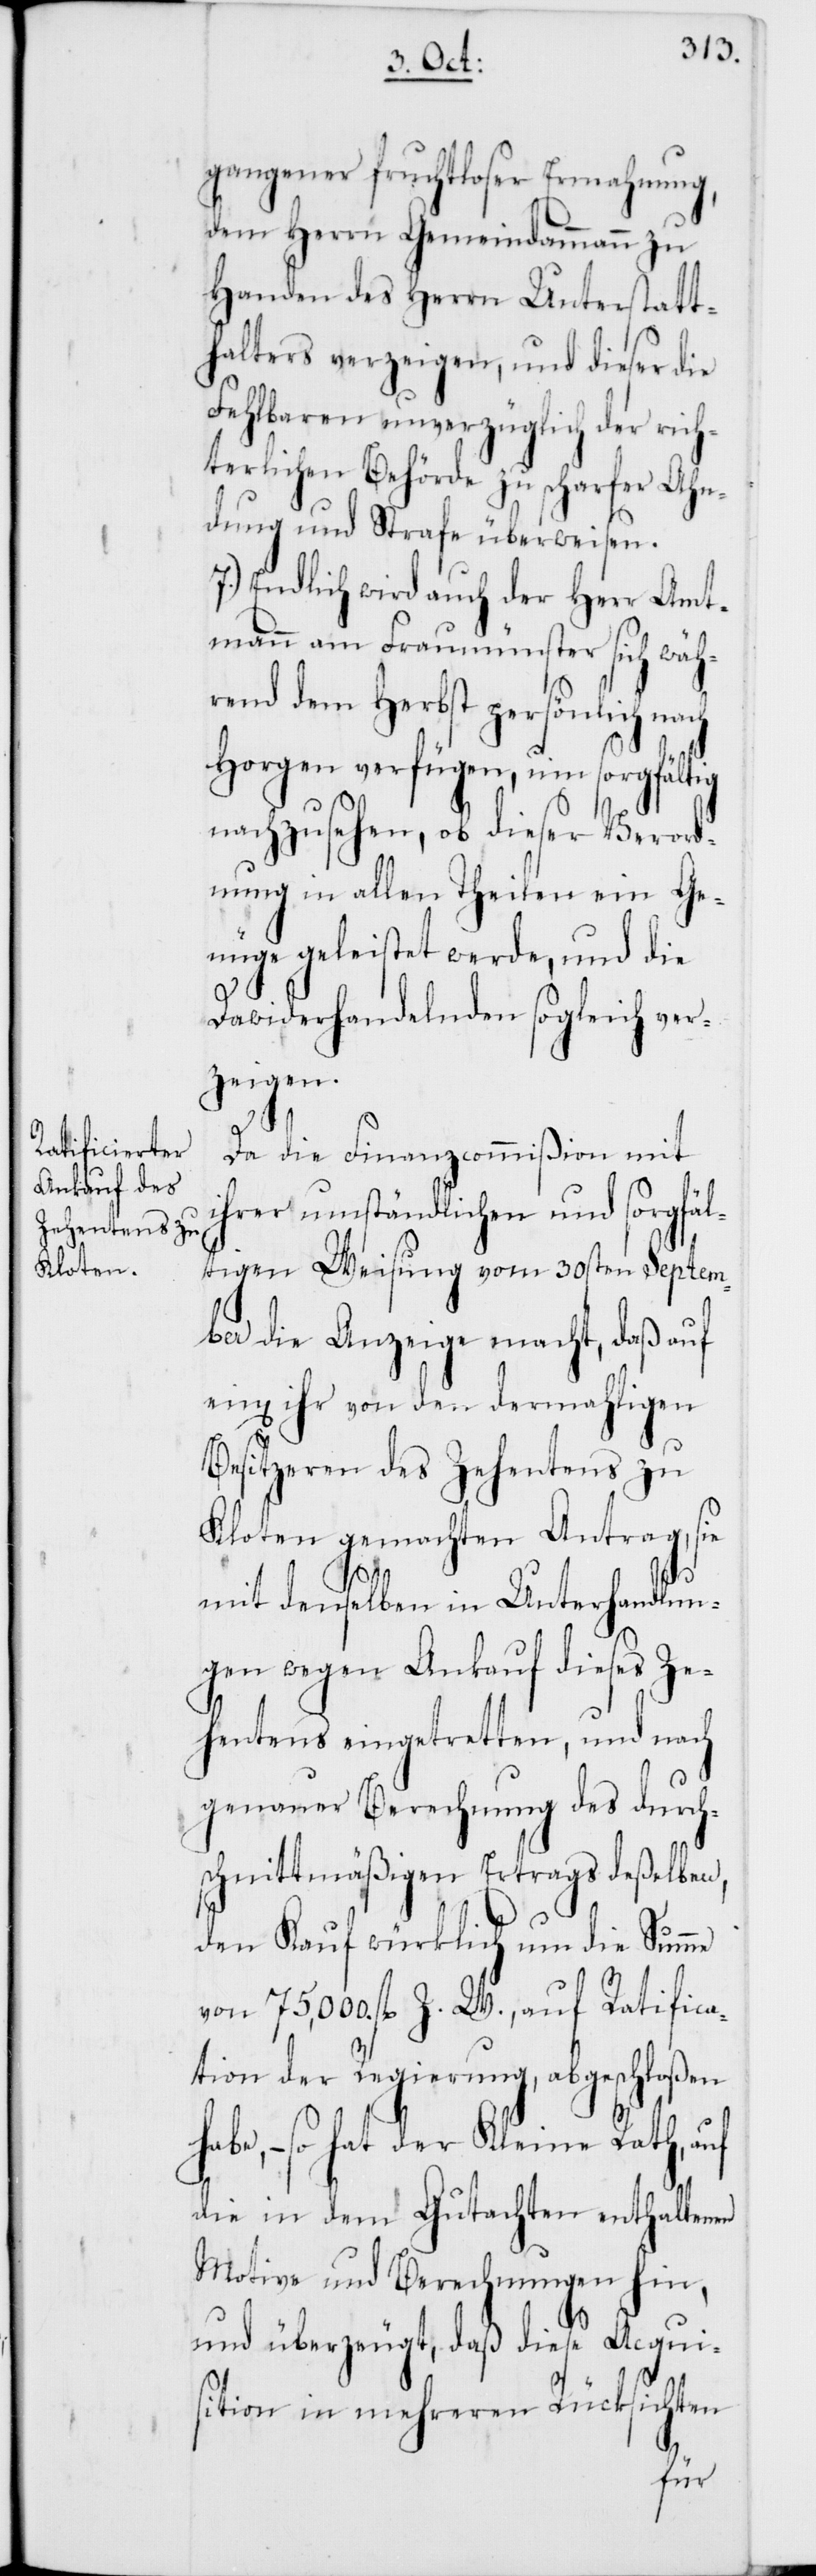
gangener fruchtloser Ermahnung,
dem Herrn Gemeindammann zu
Handen des Herrn Unterstatt¬
halters verzeigen, und dieser die
Fehlbaren unverzüglich der rich¬
terlichen Behörde zu scharfer Ahn¬
dung und Strafe überweisen.
7.) Endlich wird auch der Herr Amt¬
mann am Fraumünster sich wäh¬
rend dem Herbst persönlich nach
Horgen verfügen, um sorgfältig
nachzusehen, ob dieser Verord¬
nung in allen Theilen ein Ge¬
nüge geleistet werde, und die
Dawiderhandelnden sogleich ver¬
zeigen.
Da die Finanzcommißion mit
ihrer umständlichen und sorgfäl¬
tigen Weisung vom 30sten Septem¬
ber die Anzeige macht, daß auf
ein[en] ihr von den dermahligen
Besitzeren des Zehentens zu
Kloten gemachten Antrag, sie
mit denselben in Unterhandlun¬
g wegen Ankauf dieses Ze¬
hentens eingetretten, und nach
genauer Berechnung des durch¬
schnittmäßigen Ertrags deßelben,
den Kauf würklich um die Summe
von 75,000. fl. Z. W., auf Ratifica¬
tion der Regierung, abgeschloßen
habe, – so hat der Kleine Rath, auf
die in dem Gutachten enthaltenen
Motive und Berechnungen hin,
und überzeugt, daß diese Acqui¬
sition in mehreren Rücksichten